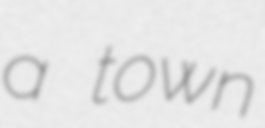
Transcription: a town